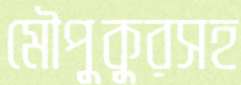
মৌপুকুরসহ